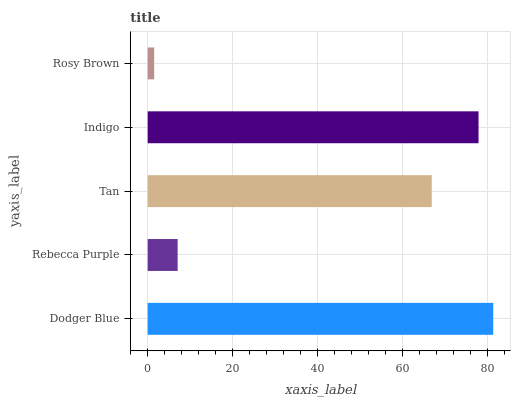
| yaxis_label | bars |
 | --- | --- |
 | Dodger Blue | 81.3 |
 | Rebecca Purple | 7.05 |
 | Tan | 66.9 |
 | Indigo | 77.9 |
 | Rosy Brown | 1.53 |